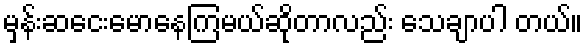
မှန်းဆငေးမောနေကြမယ်ဆိုတာလည်း သေချာပါ တယ်။